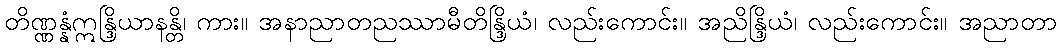
တိဏ္ဏန္နံဣန္ဒြိယာနန္တိ၊ ကား။ အနာညာတညဿာမီတိန္ဒြိယံ၊ လည်းကောင်း။ အညိန္ဒြိယံ၊ လည်းကောင်း။ အညာတာ